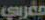
مغربي